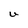
Character: U